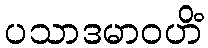
ပသာဒမာဝဟိံ